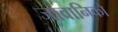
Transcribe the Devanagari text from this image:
जावानिको